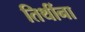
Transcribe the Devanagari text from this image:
तिथींना